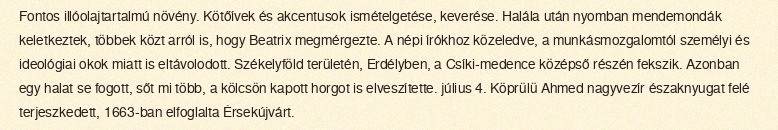
Fontos illóolajtartalmú növény. Kötőívek és akcentusok ismételgetése, keverése. Halála után nyomban mendemondák keletkeztek, többek közt arról is, hogy Beatrix megmérgezte. A népi írókhoz közeledve, a munkásmozgalomtól személyi és ideológiai okok miatt is eltávolodott. Székelyföld területén, Erdélyben, a Csíki-medence középső részén fekszik. Azonban egy halat se fogott, sőt mi több, a kölcsön kapott horgot is elveszítette. július 4. Köprülü Ahmed nagyvezír északnyugat felé terjeszkedett, 1663-ban elfoglalta Érsekújvárt.